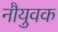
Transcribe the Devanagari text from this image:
नौयुवक